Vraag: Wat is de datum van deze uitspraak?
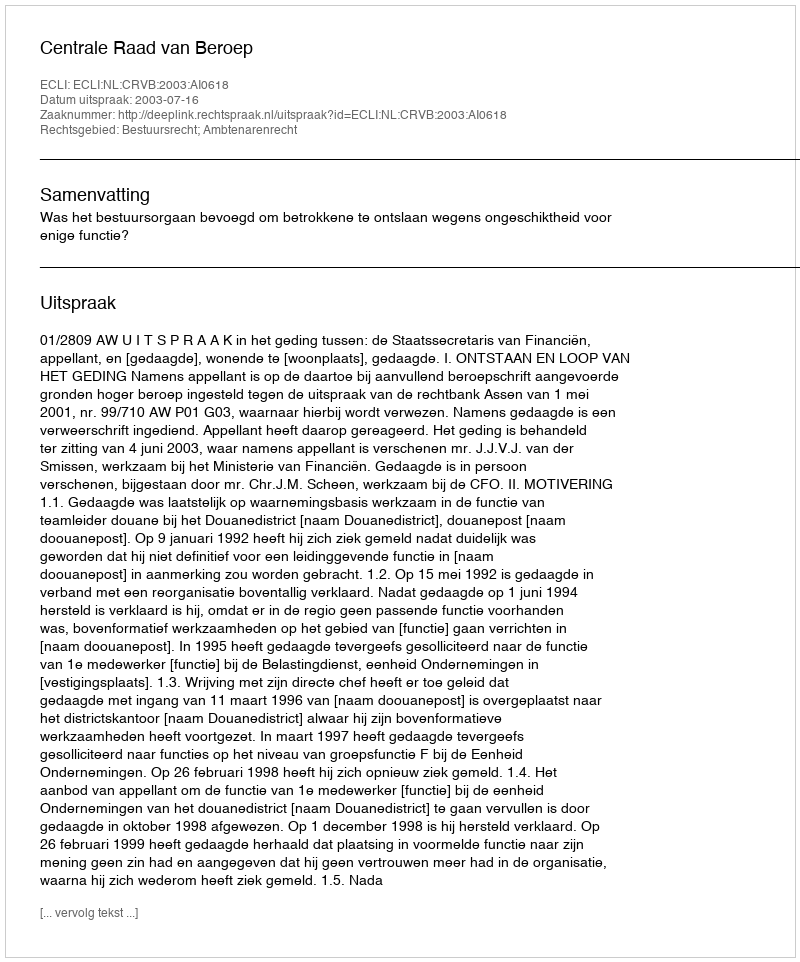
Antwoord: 2003-07-16